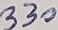
Text: 330